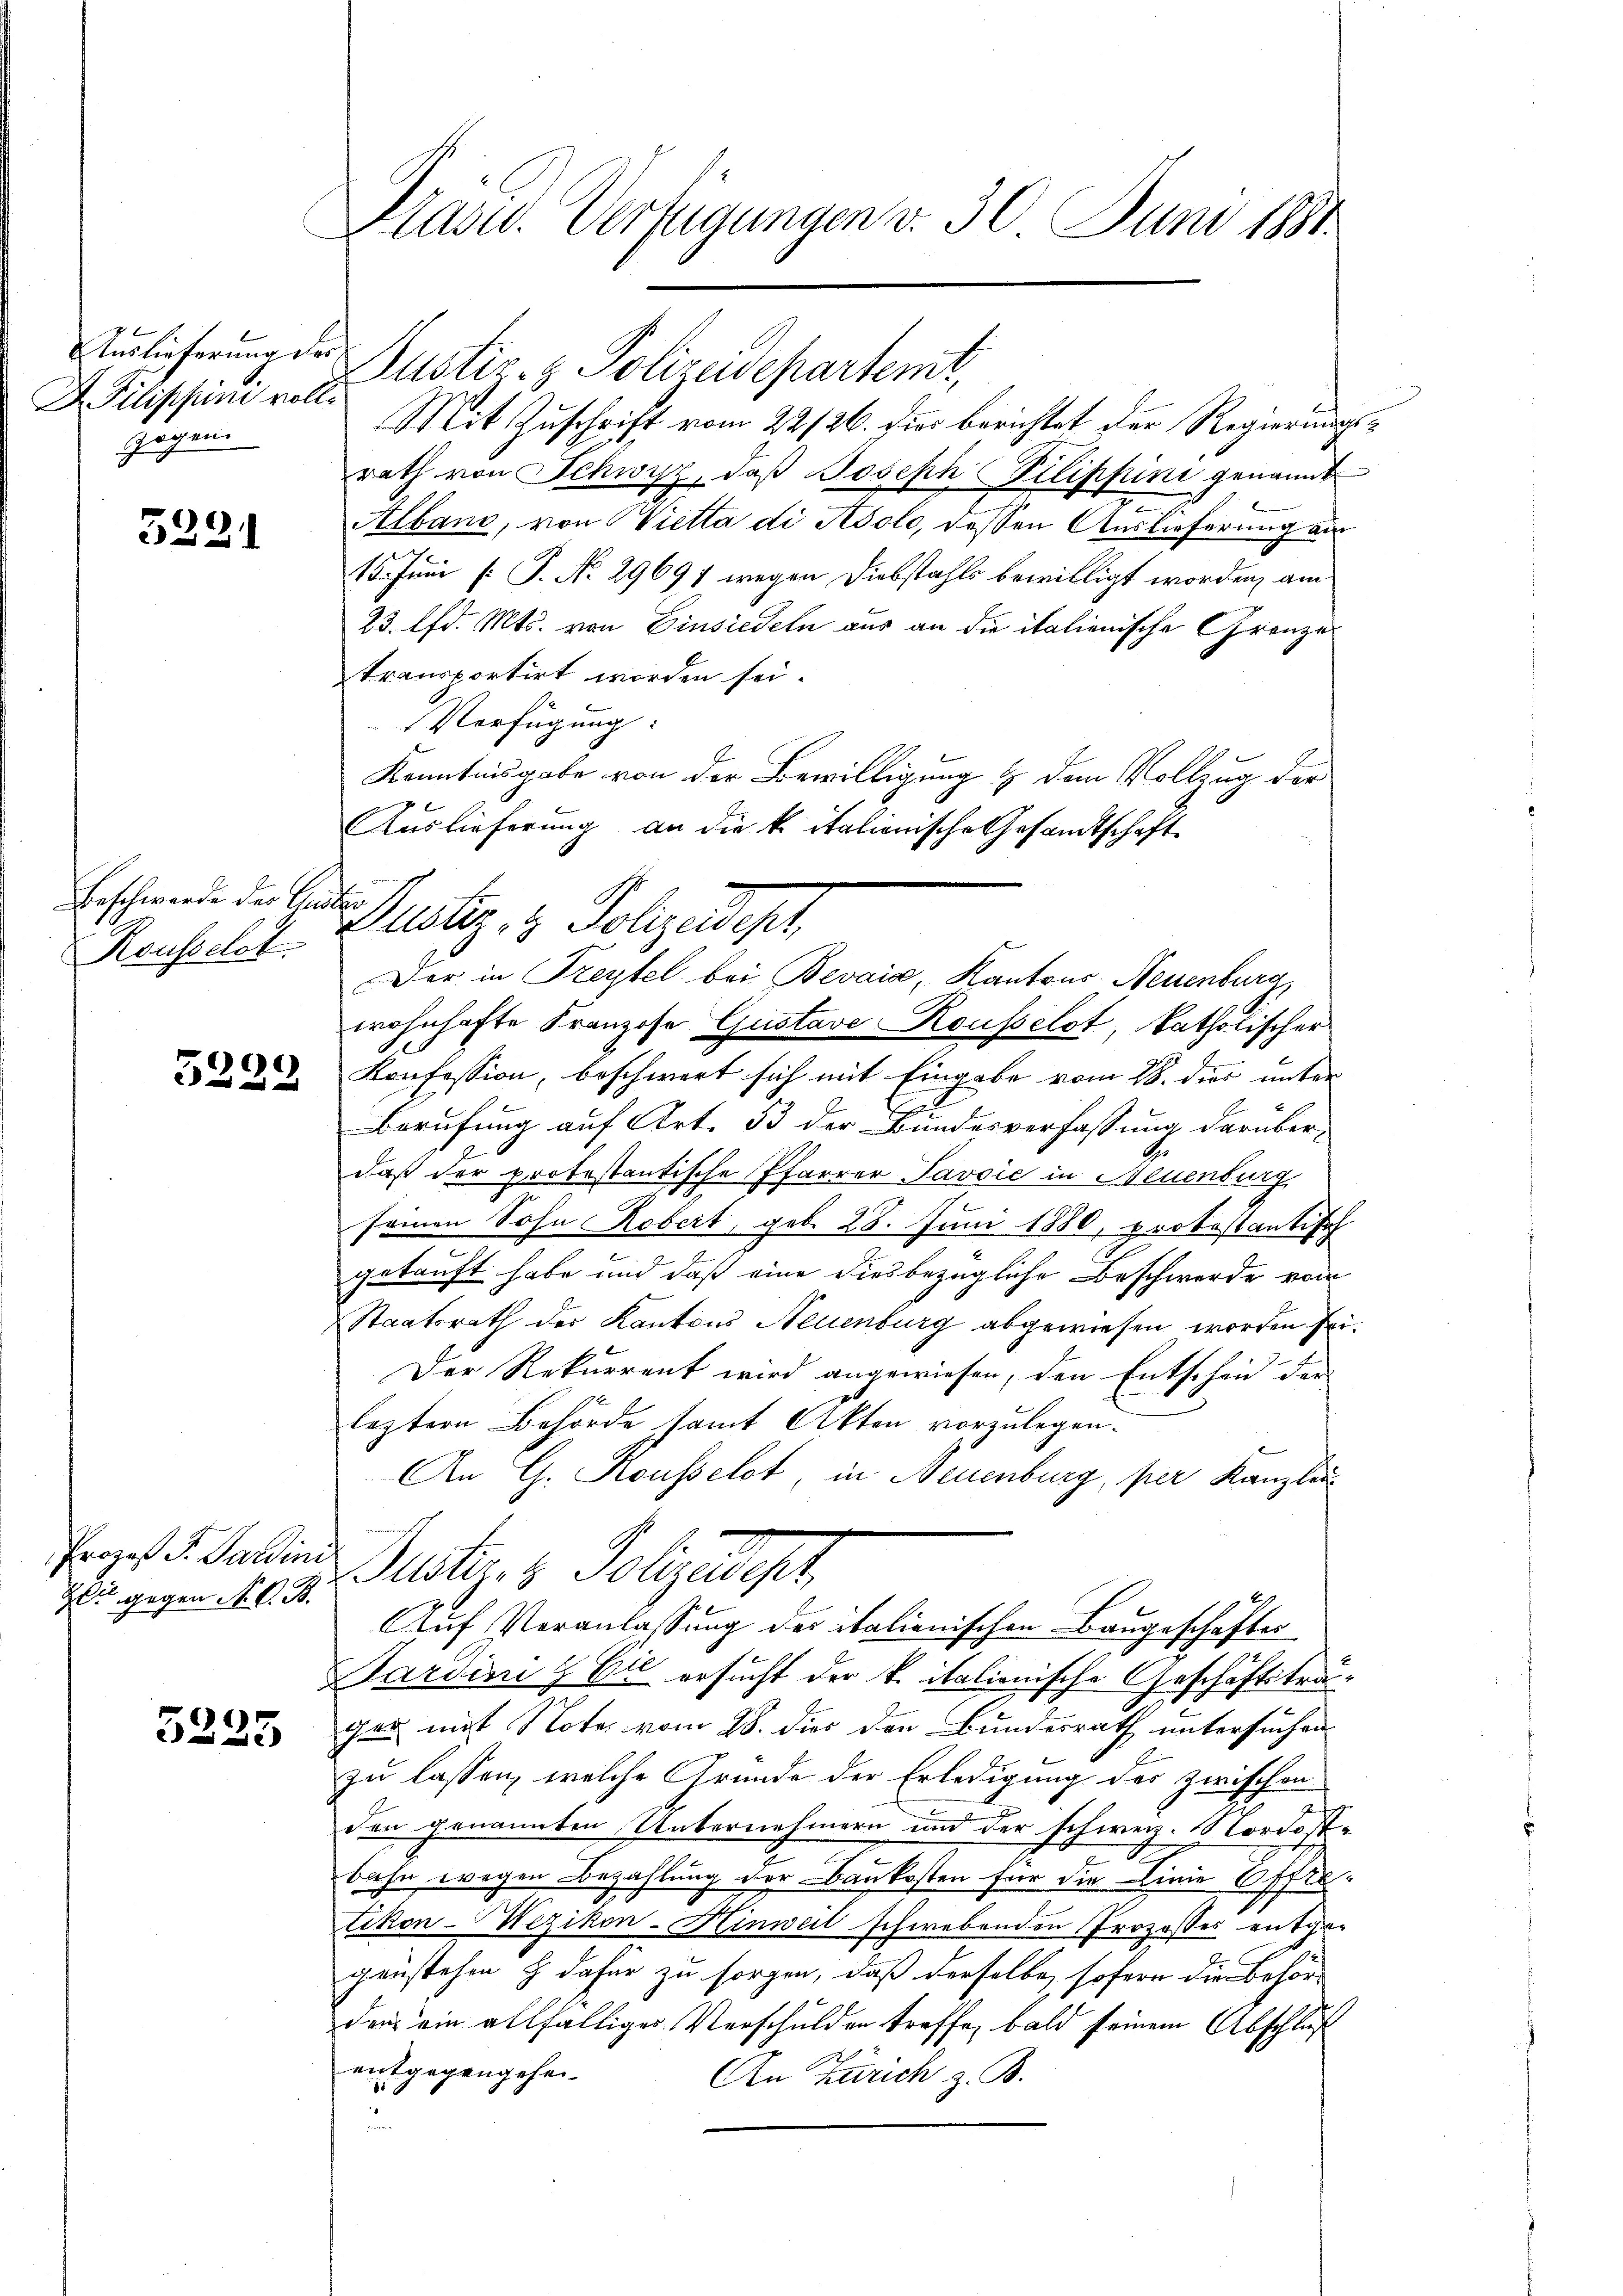
APilippin vollzogen.

5291

Beschwerde der Anster
Rousselst

e

Zeit gegen N. O. B.

5225

Kasu. Verfügungen v. 30 Juni 1881.

Anlieferung der Justiz- & Polizeidepartemt,
Mit Zuschrift vom 22/26. dies berichtet der Regierungsrath von Schwyz, daß Joseph Pilippini genannt
e
Alband, von Vietta di solo, dessen Auslieferung am
15. Juni [: J. No. 29697 wegen Diebstahls bewilligt worden, am
23. lfd. Mts. von Einsiedeln aus an die italienische Grenze
transportirt worden sei.
Verfügung:
Kenntnisgabe von der Bewilligung & dem Vollzug der
Auslieferung an die k. italionische Gesandtschaft
Der in Freytel bei Bevais, Kantons Neuenburg,
wohnhafte Franzose Gustave Rousselst, katholischer
Konfession, beschwert sich mit Eingabe vom 28. dies unter
Berufung auf Art. 53 der Bundesverfassung darüber-
daß der protestantische Pfarrer Javoić in Neuenburg
seinen Sohn Robert, geb. 28. Juni 1880, protestantisch
getauft habe und daß eine diesbezügliche Beschwerde vom
Staatsrath der Kantons Neuenburg abgewiesen worden sei.
Der Rekurrent wird angewiesen, den Entscheid der
leztere Behörde samt Akten vorzulegen.
An G. Rousselot, in Neuenburg, per Kanzlei
Praes. v. Palline Justiz- & Polizeident
Auf Veranlassung der italienischen Baugeschäftes
Pardini & Cie ersucht der k. italionische Geschäftstrager mit Note vom 28. dies den Bundesrath untersuchen
zu lassen, welche Grunde der Erledigung des zwischen
den genannten Uebernehmern und der schweiz. Nordostbahn wegen Bezahlung der Baukosten für die Linie Offretikon-Wezikon-Hinweil schwebenden Prozesses entgegenstehen & dafür zu sorgen, daß derselbe, sofern die Behör-
den ein allfälliger Verschulden treffe, bald seinem Abschluß
entgegengehen.
An Zürich z. B.

Justiz- & Polizeidept